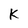
Character: K